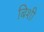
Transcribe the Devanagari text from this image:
बिशी